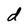
Character: d